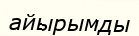
айырымды